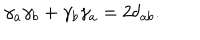
\gamma _ { a } \gamma _ { b } + \gamma _ { b } \gamma _ { a } = 2 \delta _ { a b } .